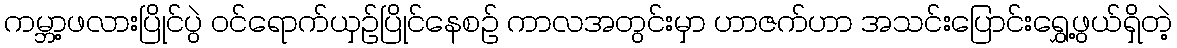
ကမ္ဘာ့ဖလားပြိုင်ပွဲ ဝင်ရောက်ယှဉ်ပြိုင်နေစဉ် ကာလအတွင်းမှာ ဟာဇက်ဟာ အသင်းပြောင်းရွှေ့ဖွယ်ရှိတဲ့